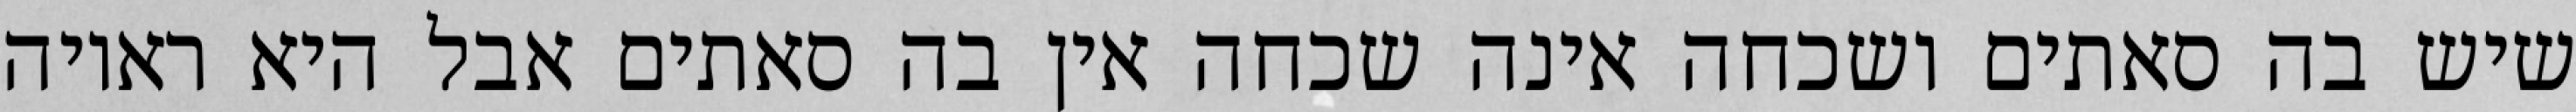
שיש בה סאתים ושכחה אינה שכחה אין בה סאתים אבל היא ראויה